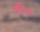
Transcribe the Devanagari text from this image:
लॅटेन